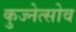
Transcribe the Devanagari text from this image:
कुज्नेत्सोव